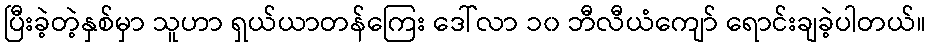
ပြီးခဲ့တဲ့နှစ်မှာ သူဟာ ရှယ်ယာတန်ကြေး ဒေါ်လာ ၁၀ ဘီလီယံကျော် ရောင်းချခဲ့ပါတယ်။